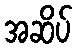
အဆိပ်